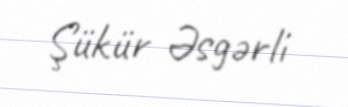
Şükür Əsgərli